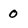
Character: 0